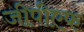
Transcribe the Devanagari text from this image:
जीपीएफ